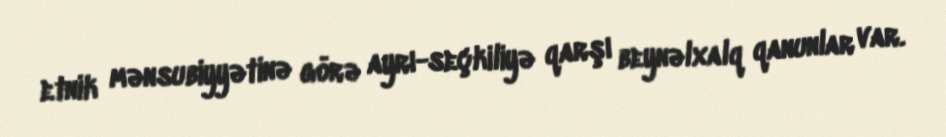
etnik mənsubiyyətinə görə ayrı-seçkiliyə qarşı beynəlxalq qanunlar var.